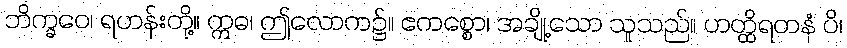
ဘိက္ခဝေ၊ ရဟန်းတို့။ ဣဓ၊ ဤလောက၌။ ဧကစ္စော၊ အချို့သော သူသည်။ ဟတ္ထိရတနံ ပိ၊